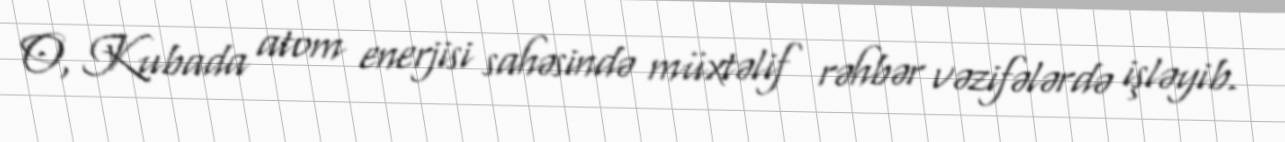
O, Kubada atom enerjisi sahəsində müxtəlif rəhbər vəzifələrdə işləyib.